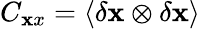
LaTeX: C_{\mathbf xx}=\langle\delta{\mathbf x}\otimes\delta{\mathbf x}\rangle